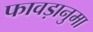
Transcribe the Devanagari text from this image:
फावड़ानुमा